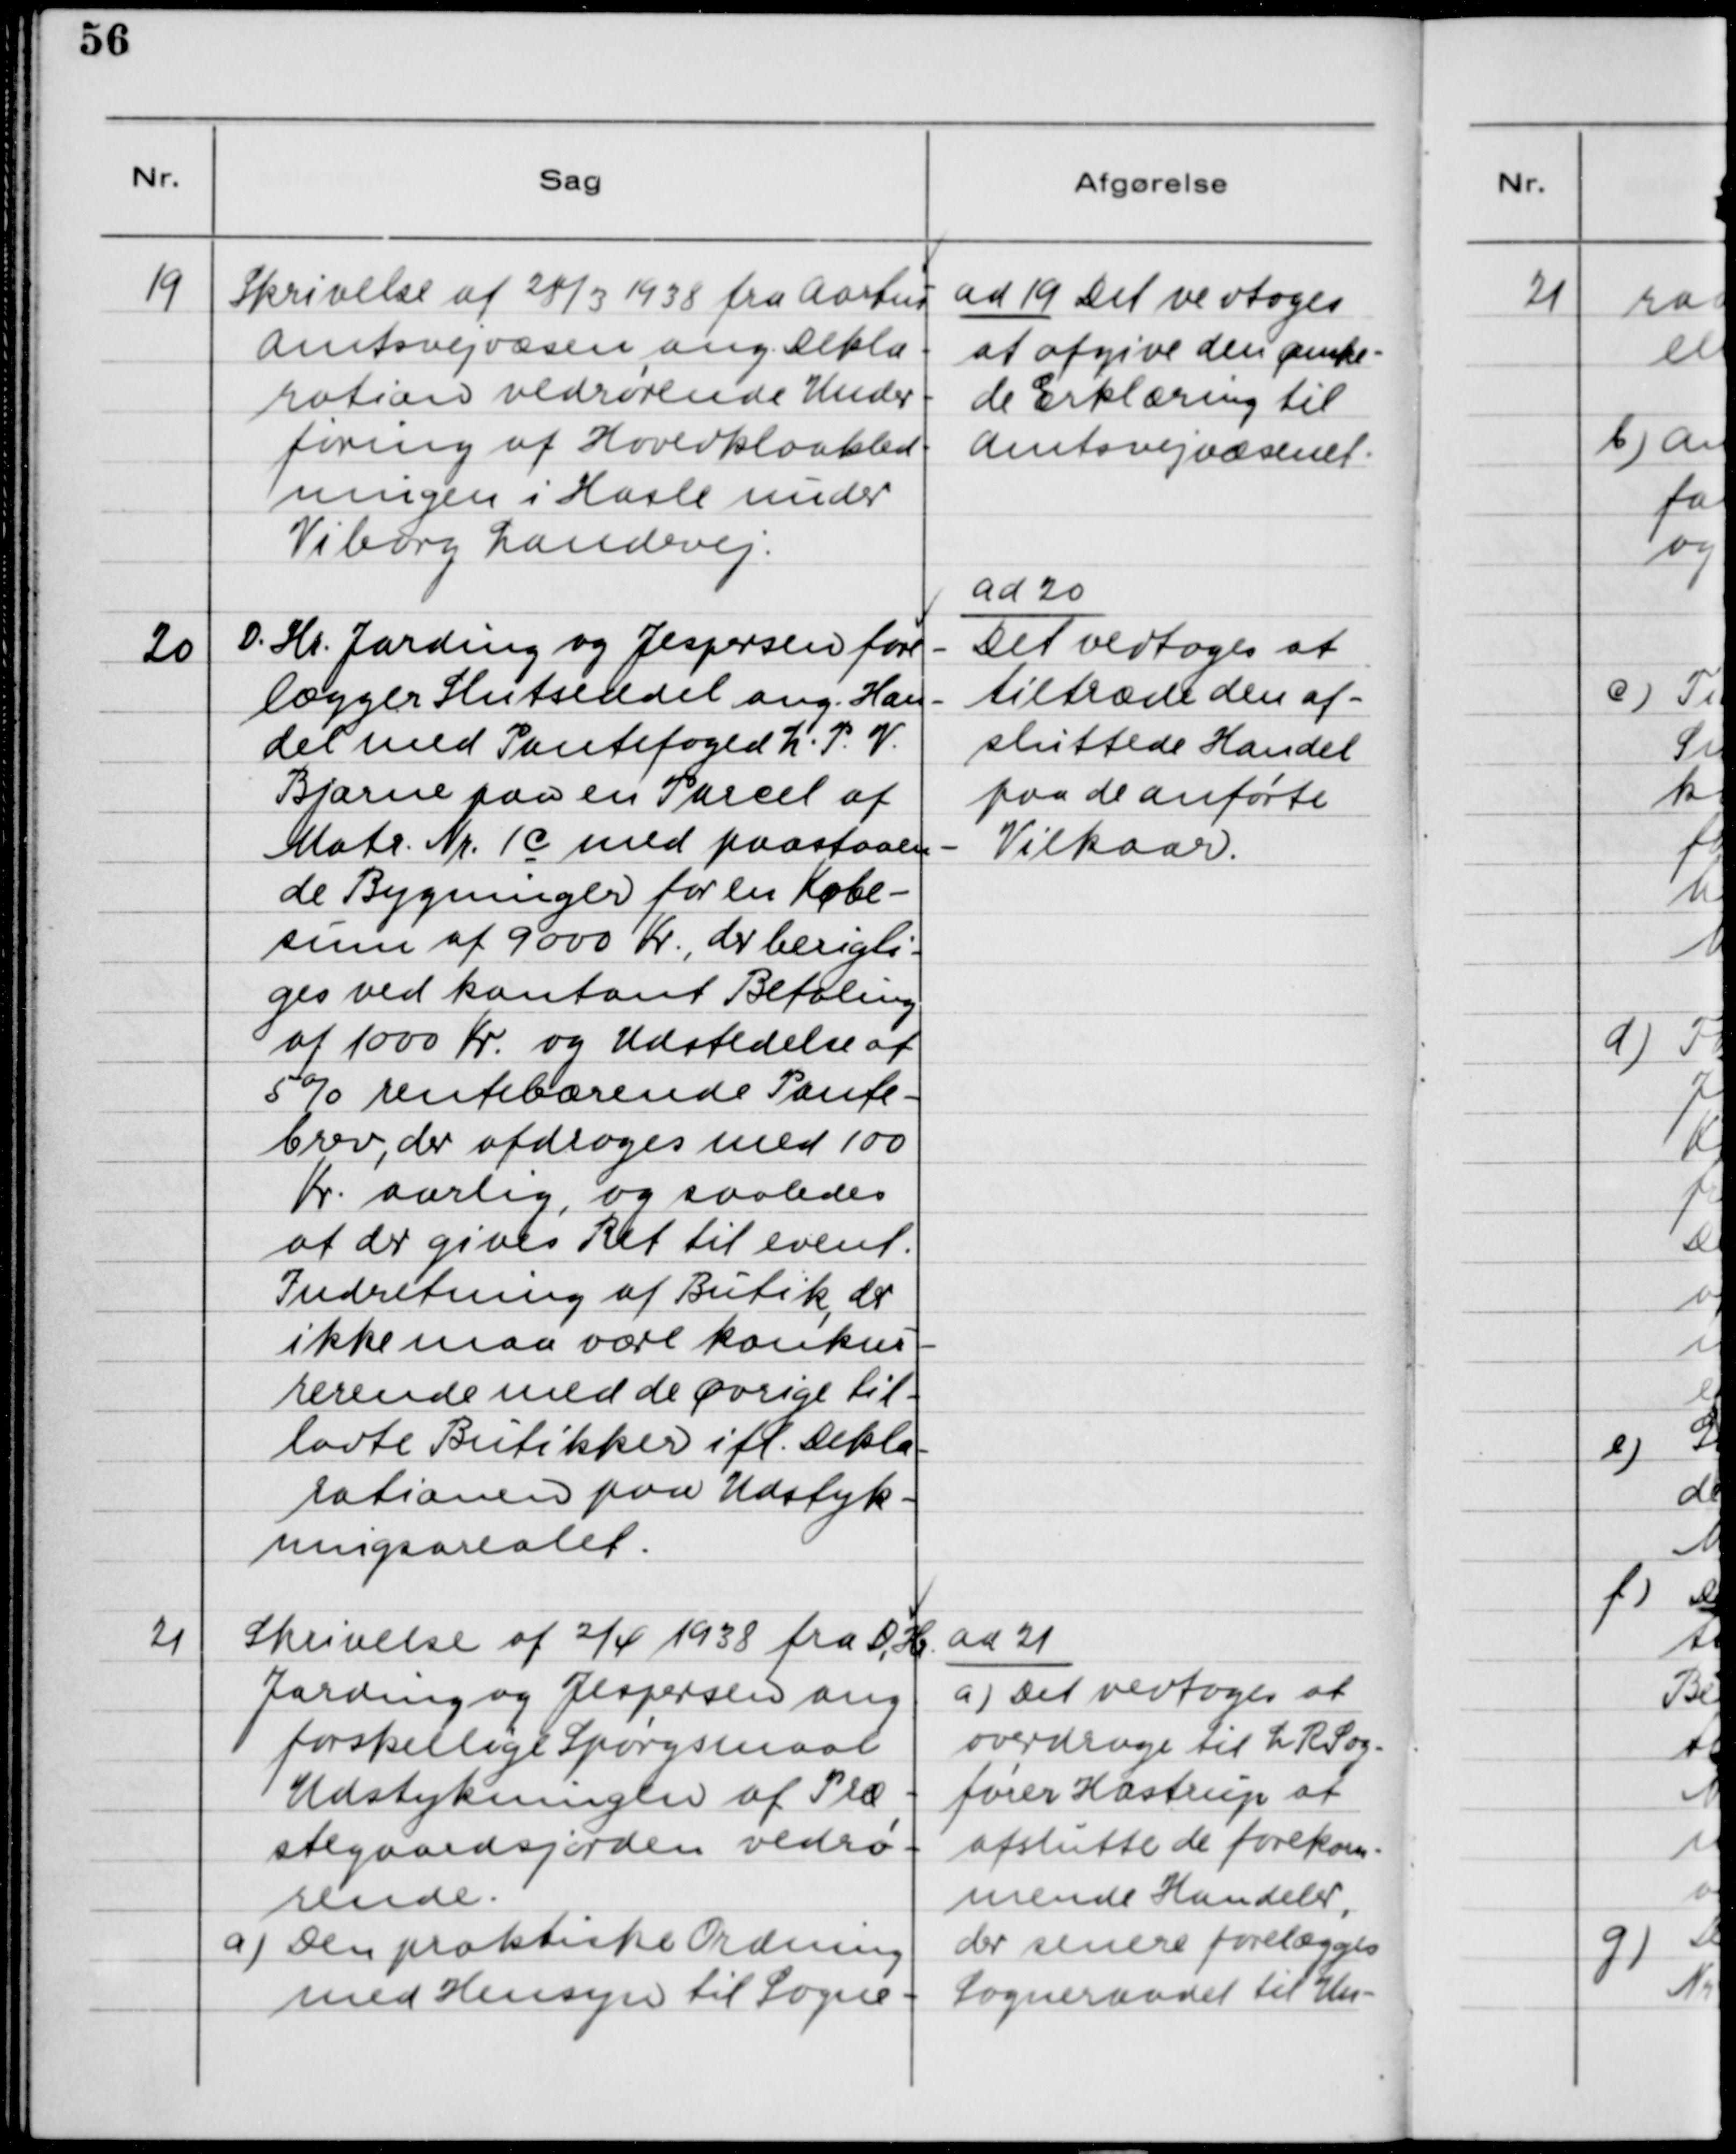
Transskription:
19. Skrivelse af 28/3 1938 fra Aarhus
Amtsvejvæsen ang. Dekla-
ration vedrørende Under-
føring af Hovedkloakled-
ningen i Hasle under
Viborg Landevej.

ad 19. Det vedtoges
at afgive den ønske-
de Erklæring til
Amtsvejvæsenet.

20. D. Hr. Jarding og Jespersen fore-
lægger Slutseddel ang. Han-
del med Pantefoged L. P. V.
Bjarne paa en Parcel af
Matr. Nr. 1C med paastaaen-
de Bygninger for en Købe-
sum af 9000 Kr., der berigti-
ges ved kontant Betaling
af 1000 Kr. og Udstedelse af
5% rentebærende Pante-
brev, der afdrages med 100
Kr. aarlig, og saaledes
at der gives Ret til event.
Indretning af Butik, der
ikke maa være konkur-
rende med de Øvrige til-
ladte Butikker ifl. Dekla-
rationen paa Udstyk-
ningsarealet.

ad 20.
Det vedtoges at
tiltræde den af-
sluttede Handel
paa de anførte
Vilkaar.

21. Skrivelse af 2/4 1938 fra D. Hr.
Jarding og Jespersen ang.
forskellige Spørgsmaal
Udstykningen af Præ-
stegaardsjorden vedrø-
rende.
a) Den praktiske Ordning
med Hensyn til Sogne-

ad 21.
a) Det vedtoges at
overdrage til L R Sag-
fører Hastrup at
afslutte de forekom-
mende Handeler,
der senere forelægges
Sogneraadet til Un-